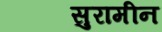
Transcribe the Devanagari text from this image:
सुरामीन